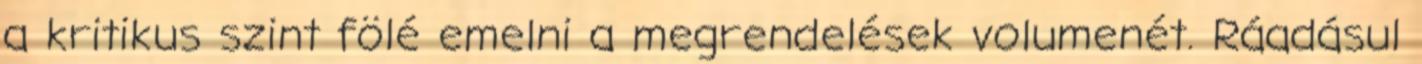
a kritikus szint fölé emelni a megrendelések volumenét. Ráadásul